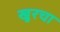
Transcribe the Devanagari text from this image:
खुरचा